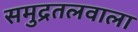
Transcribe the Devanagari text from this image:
समुद्रतलवाला